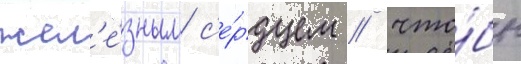
жел'е́зным с'е́рдцем / что́бы